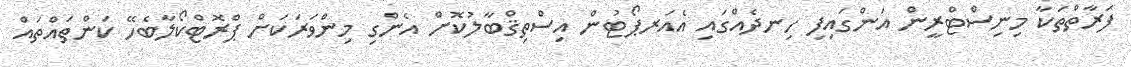
ފަރާތްތަކާ މިނިސްޓްރީން އަންގައިފި ހިނދެއްގައި އެއަރޕޯޓުން އިސްތިޤްބާލުކޮށް އެންގި މިންވަރަކަށް ޕްރޮޓްކޯލާބެހޭ ކަންތައްތައް